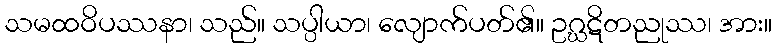
သမထဝိပဿနာ၊ သည်။ သပ္ပါယာ၊ လျောက်ပတ်၏။ ဥဂ္ဃဋိတညုဿ၊ အား။